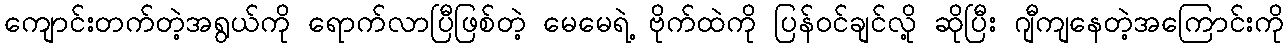
ကျောင်းတက်တဲ့အရွယ်ကို ရောက်လာပြီဖြစ်တဲ့ မေမေရဲ့ ဗိုက်ထဲကို ပြန်ဝင်ချင်လို့ ဆိုပြီး ဂျီကျနေတဲ့အကြောင်းကို